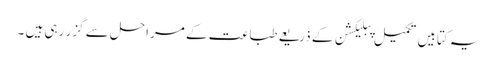
یہ کتابیں تکمیل پبلیکشن کے ذریعے طباعت کے مراحل سے گزر رہی ہیں ۔